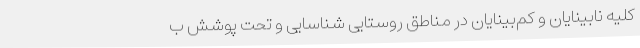
کلیه نابینایان و کم‌بینایان در مناطق روستایی شناسایی و تحت پوشش ب